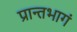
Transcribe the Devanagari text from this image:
प्रान्तभागं